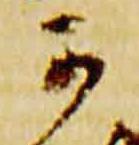
可